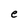
Character: e